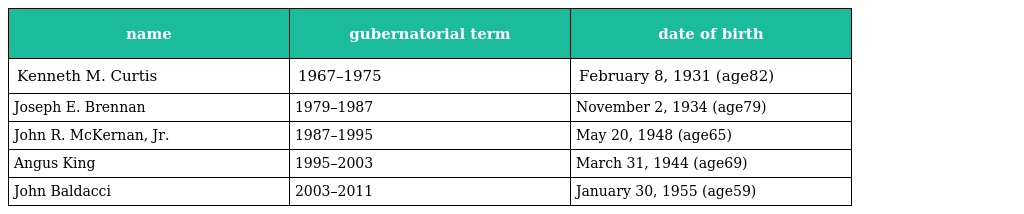
| name | gubernatorial term | date of birth |
 | --- | --- | --- |
 | Kenneth M. Curtis | 1967–1975 | February 8, 1931 (age82) |
 | Joseph E. Brennan | 1979–1987 | November 2, 1934 (age79) |
 | John R. McKernan, Jr. | 1987–1995 | May 20, 1948 (age65) |
 | Angus King | 1995–2003 | March 31, 1944 (age69) |
 | John Baldacci | 2003–2011 | January 30, 1955 (age59) |